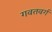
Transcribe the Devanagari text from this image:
गवतवर्ग